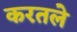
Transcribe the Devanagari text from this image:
करतले